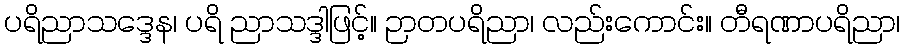
ပရိညာသဒ္ဒေန၊ ပရိ ညာသဒ္ဒါဖြင့်။ ဉာတပရိညာ၊ လည်းကောင်း။ တီရဏာပရိညာ၊